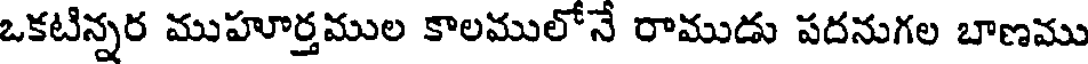
ఒకటిన్నర ముహూర్తముల కాలములోనే రాముడు పదనుగల బాణము